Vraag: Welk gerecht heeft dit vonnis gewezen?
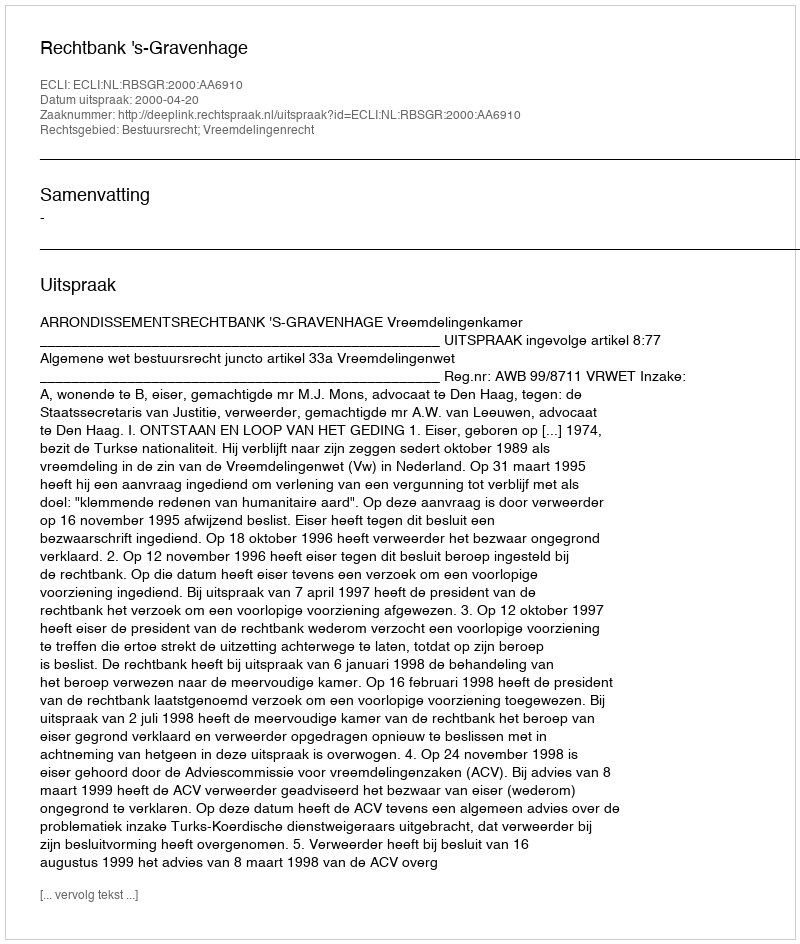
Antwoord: Rechtbank 's-Gravenhage